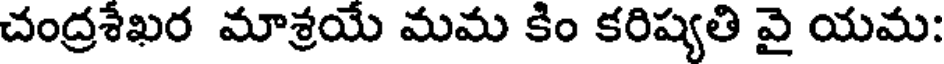
చంద్రశేఖర మాశ్రయే మమ కిం కరిష్యతి వై యమ: